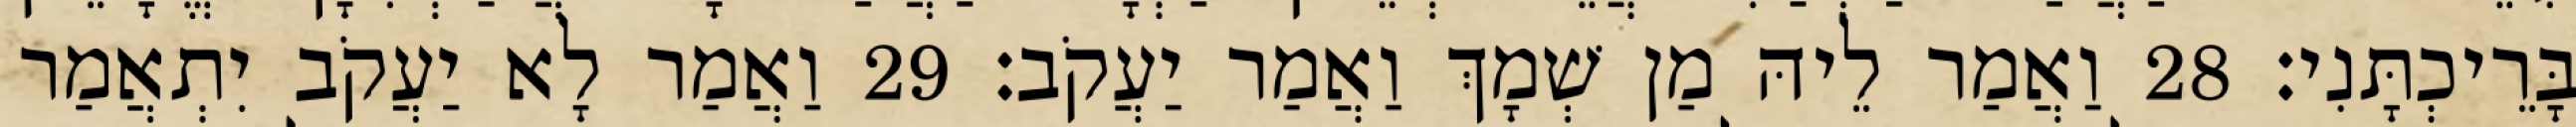
בָּרֵיכְתָּנִי׃ 28 וַאֲמַר לֵיהּ מַן שְׁמָךְ וַאֲמַר יַעֲקֹב׃ 29 וַאֲמַר לָא יַעֲקֹב יִתְאֲמַר